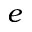
e